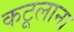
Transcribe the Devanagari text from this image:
कटूलाना